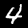
Label: 4